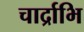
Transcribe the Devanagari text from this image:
चार्द्राभि